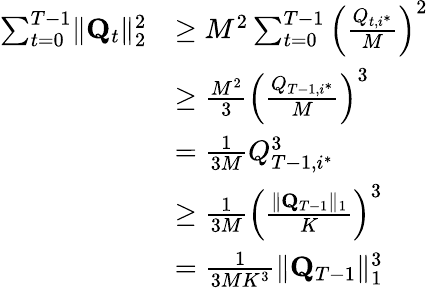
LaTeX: \begin{array}{rl}{\sum_{t=0}^{T-1}\lVert\mathbf Q_{t}\rVert_{2}^{2}}&{\ge M^{2}\sum_{t=0}^{T-1}\left(\frac{Q_{t,i^{*}}}M\right)^{2}}\\ &{\ge\frac{M^{2}}3\left(\frac{Q_{T-1,i^{*}}}M\right)^{3}}\\ &{=\frac 1{3M}Q_{T-1,i^{*}}^{3}}\\ &{\ge\frac 1{3M}\left(\frac{\lVert\mathbf Q_{T-1}\rVert_{1}}K\right)^{3}}\\ &{=\frac 1{3MK^{3}}\lVert\mathbf Q_{T-1}\rVert_{1}^{3}}\end{array}